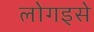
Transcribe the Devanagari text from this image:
लोगइसे